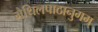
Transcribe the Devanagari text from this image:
मैथिलपाठानुगम्